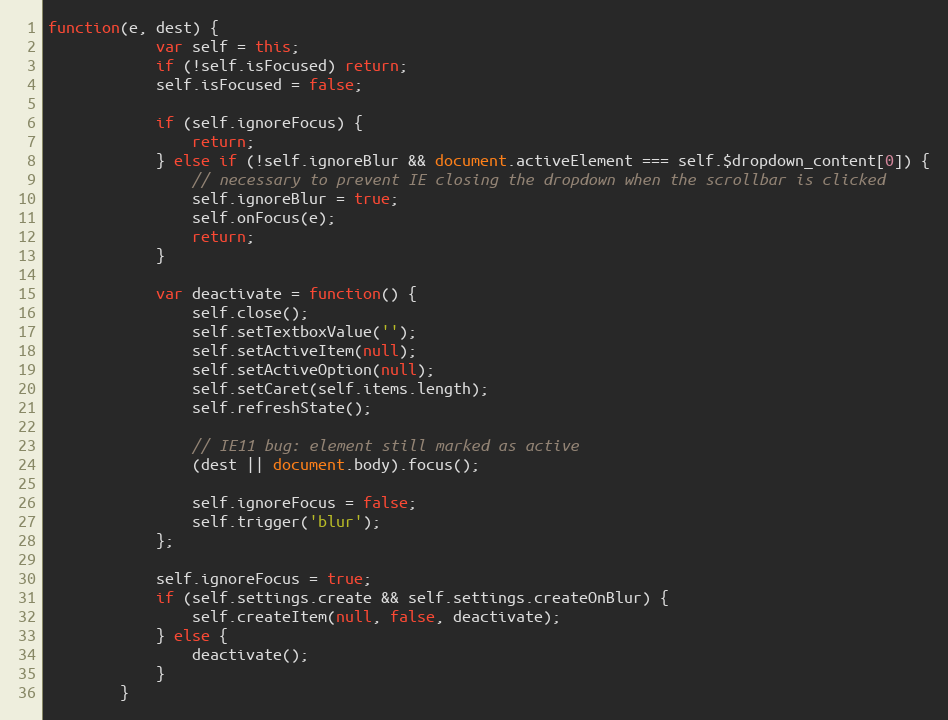
Language: JavaScript
function(e, dest) {
			var self = this;
			if (!self.isFocused) return;
			self.isFocused = false;

			if (self.ignoreFocus) {
				return;
			} else if (!self.ignoreBlur && document.activeElement === self.$dropdown_content[0]) {
				// necessary to prevent IE closing the dropdown when the scrollbar is clicked
				self.ignoreBlur = true;
				self.onFocus(e);
				return;
			}

			var deactivate = function() {
				self.close();
				self.setTextboxValue('');
				self.setActiveItem(null);
				self.setActiveOption(null);
				self.setCaret(self.items.length);
				self.refreshState();

				// IE11 bug: element still marked as active
				(dest || document.body).focus();

				self.ignoreFocus = false;
				self.trigger('blur');
			};

			self.ignoreFocus = true;
			if (self.settings.create && self.settings.createOnBlur) {
				self.createItem(null, false, deactivate);
			} else {
				deactivate();
			}
		}